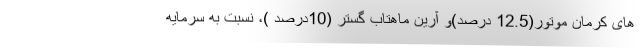
های کرمان موتور(12.5 درصد)و آرین ماهتاب گستر (10درصد )، نسبت به سرمایه